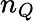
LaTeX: n_{Q}